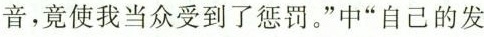
。音，竟使我当众受到了惩罚。”中”自己的发